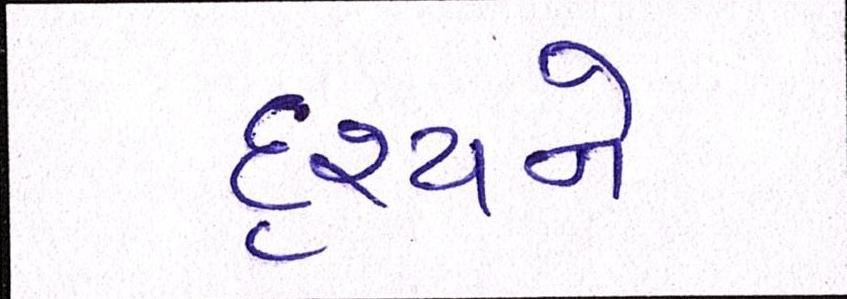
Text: દૃશ્યને